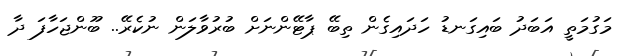
މަގުމަތީ އަބަދު ބައިގަނޑު ހަދައިގެން ތިބޭ ޕާޓޭންނަށް ބުރުވާލަން ނުކެރޭ.. ބޫންޖަހާފަ ދާ